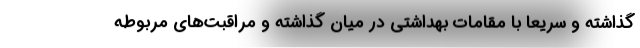
گذاشته و سریعاً با مقامات بهداشتی در میان گذاشته و مراقبت‌های مربوطه